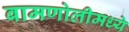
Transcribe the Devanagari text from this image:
बामणोलीमध्ये